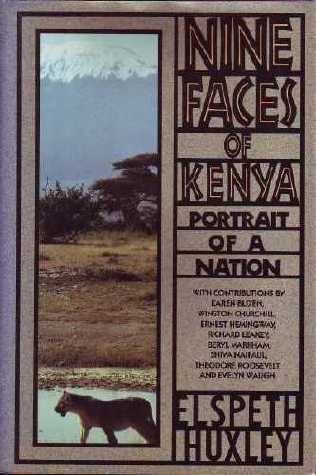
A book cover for Nine Faces of Kenya: Portrait of a Nation; Karen Blixen; History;